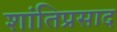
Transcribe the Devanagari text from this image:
शांतिप्रसाद